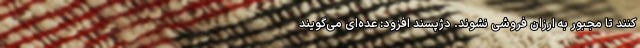
کنند تا مجبور به ارزان فروشی نشوند. دژپسند افزود: عده‌ای می‌گویند